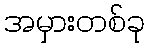
အမှားတစ်ခု